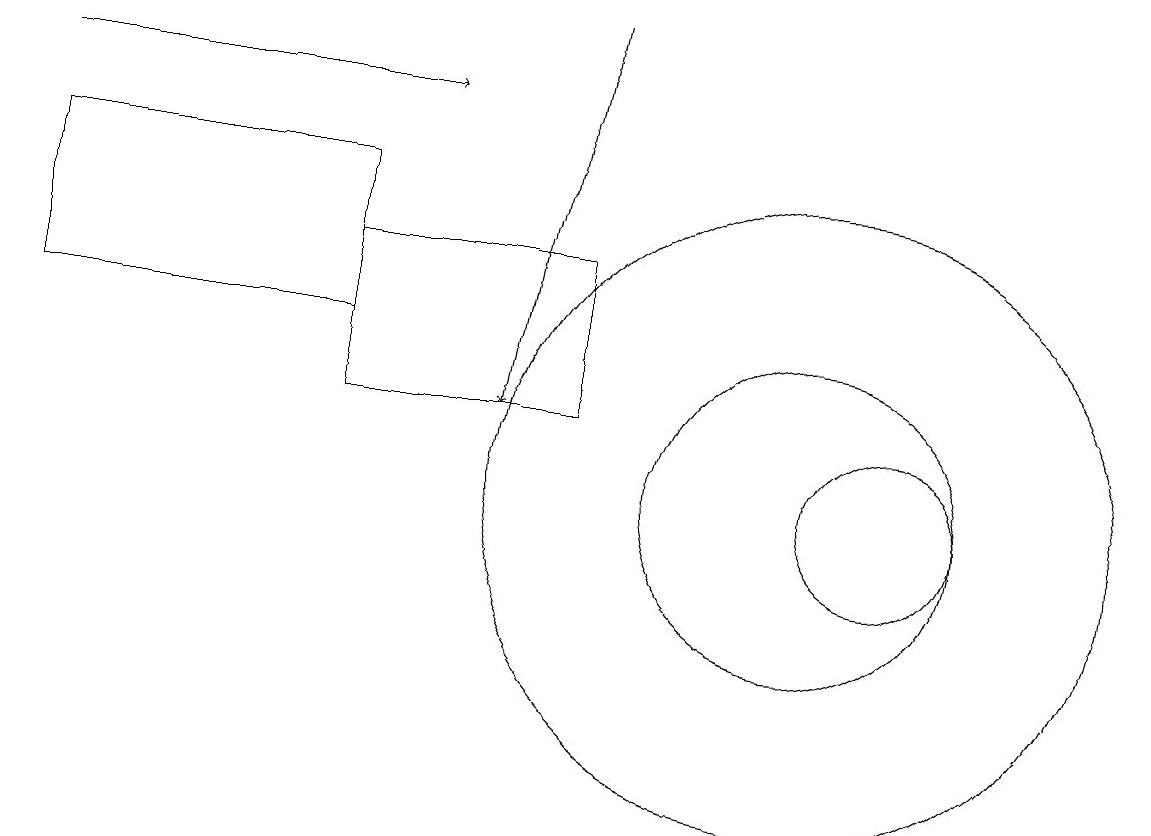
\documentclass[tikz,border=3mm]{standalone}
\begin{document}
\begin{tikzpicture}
\draw (0,12) rectangle (4,14);
\draw (10,10) circle (4);
\draw[->] (7,16) -- (6,11);
\draw (11,10) circle (1);
\draw[->] (0,15) -- (5,15);
\draw (7,13) rectangle (4,11);
\draw (10,10) circle (2);
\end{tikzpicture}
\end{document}